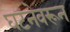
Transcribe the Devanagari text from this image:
घटनेवरून